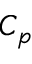
C _ { p }